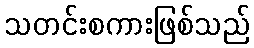
သတင်းစကားဖြစ်သည်